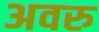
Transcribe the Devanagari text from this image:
अवरु